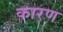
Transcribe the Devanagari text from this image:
कारण